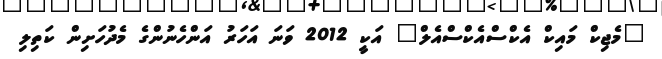
"މެޖިކް މައިކް އެކްސްއެކްސްއެލް" އަކީ 2012 ވަނަ އަހަރު އަންހެނުންގެ މެދުހަށިން ކަތިލި